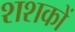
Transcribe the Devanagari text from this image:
शशकों